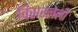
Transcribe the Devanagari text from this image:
विसरलेली